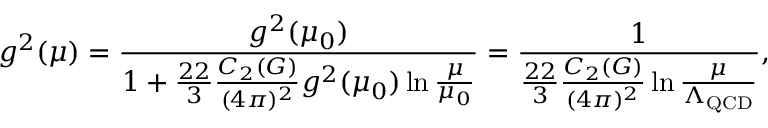
g ^ { 2 } ( \mu ) = { \frac { g ^ { 2 } ( \mu _ { 0 } ) } { 1 + { \frac { 2 2 } { 3 } } { \frac { C _ { 2 } ( G ) } { ( 4 \pi ) ^ { 2 } } } g ^ { 2 } ( \mu _ { 0 } ) \ln { \frac { \mu } { \mu _ { 0 } } } } } = { \frac { 1 } { { \frac { 2 2 } { 3 } } { \frac { C _ { 2 } ( G ) } { ( 4 \pi ) ^ { 2 } } } \ln { \frac { \mu } { \Lambda _ { \mathrm { Q C D } } } } } } ,